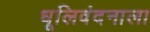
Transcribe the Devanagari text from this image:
धूलिवंदनाला